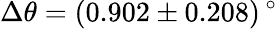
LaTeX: \Delta\theta=(0.902\pm 0.208)\, ^{\circ}